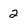
Character: 2